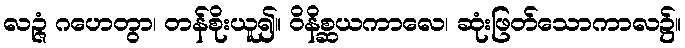
လဉ္ဇံ ဂဟေတွာ၊ တန်စိုးယူ၍။ ဝိနိစ္ဆယကာလေ၊ ဆုံးဖြတ်သောကာလ၌။